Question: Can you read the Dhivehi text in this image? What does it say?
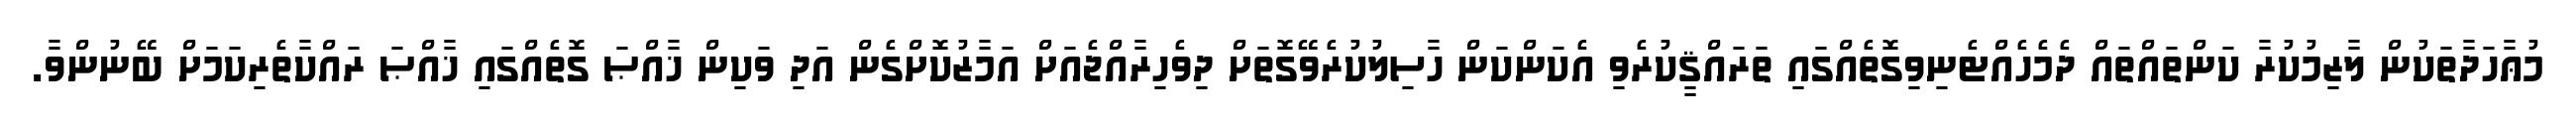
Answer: މުޢާހަދާތަކުން ލާޒިމުކުރާ ކަންތައްތައް ދެމެހެއްޓެނިވިގޮތެއްގައި ތަރައްޤީކުރެވި އެކަންކަން ހާސިލުކުރެވޭގޮތަށް ދިވެހިރާއްޖެއަށް އަމާޒުކޮށްގެން އަދި ވަކިން ޚާއްޞަ ގޮތެއްގައި ޚާއްޞަ ރައްކާތެރިކަމަށް ބޭނުންވާ.